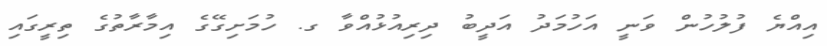
އިއްޔެ ފުލުހުން ވަނީ އަހުމަދު އަދީބު ދިރިއުޅުއްވާ ގ. ހުމަށިގޭގެ އިމާރާތުގެ ތިރީގައި